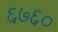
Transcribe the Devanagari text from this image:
६७६०